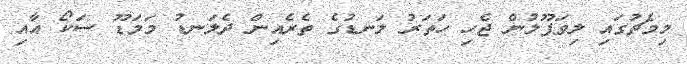
މިމެޗުގައި ލިވަޕޫލުން ޖެހި ހަތަރު ލަނޑުގެ ތެރެއިން ދެލަނޑު މަމަޑޫ ސަކޯ އާއި